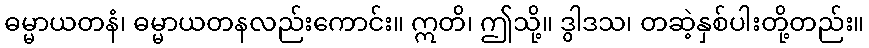
ဓမ္မာယတနံ၊ ဓမ္မာယတနလည်းကောင်း။ ဣတိ၊ ဤသို့။ ဒွါဒသ၊ တဆဲ့နှစ်ပါးတို့တည်း။